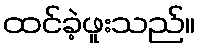
ထင်ခဲ့ဖူးသည်။